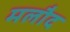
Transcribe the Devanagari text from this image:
मलौद